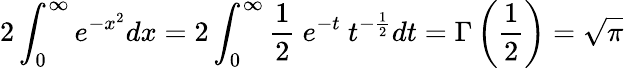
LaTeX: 2\int_{0}^{\infty}e^{-x^{2}}dx=2\int_{0}^{\infty}{\frac{1}{2}}\ e^{-t}\ t^{-{\frac{1}{2}}}dt=\Gamma\left({\frac{1}{2}}\right)={\sqrt{\pi}}